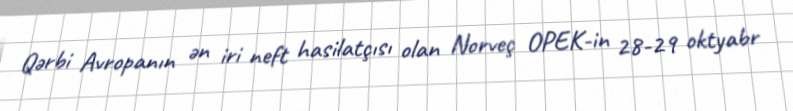
Qərbi Avropanın ən iri neft hasilatçısı olan Norveç OPEK-in 28-29 oktyabr